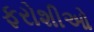
ફરોશીઓ